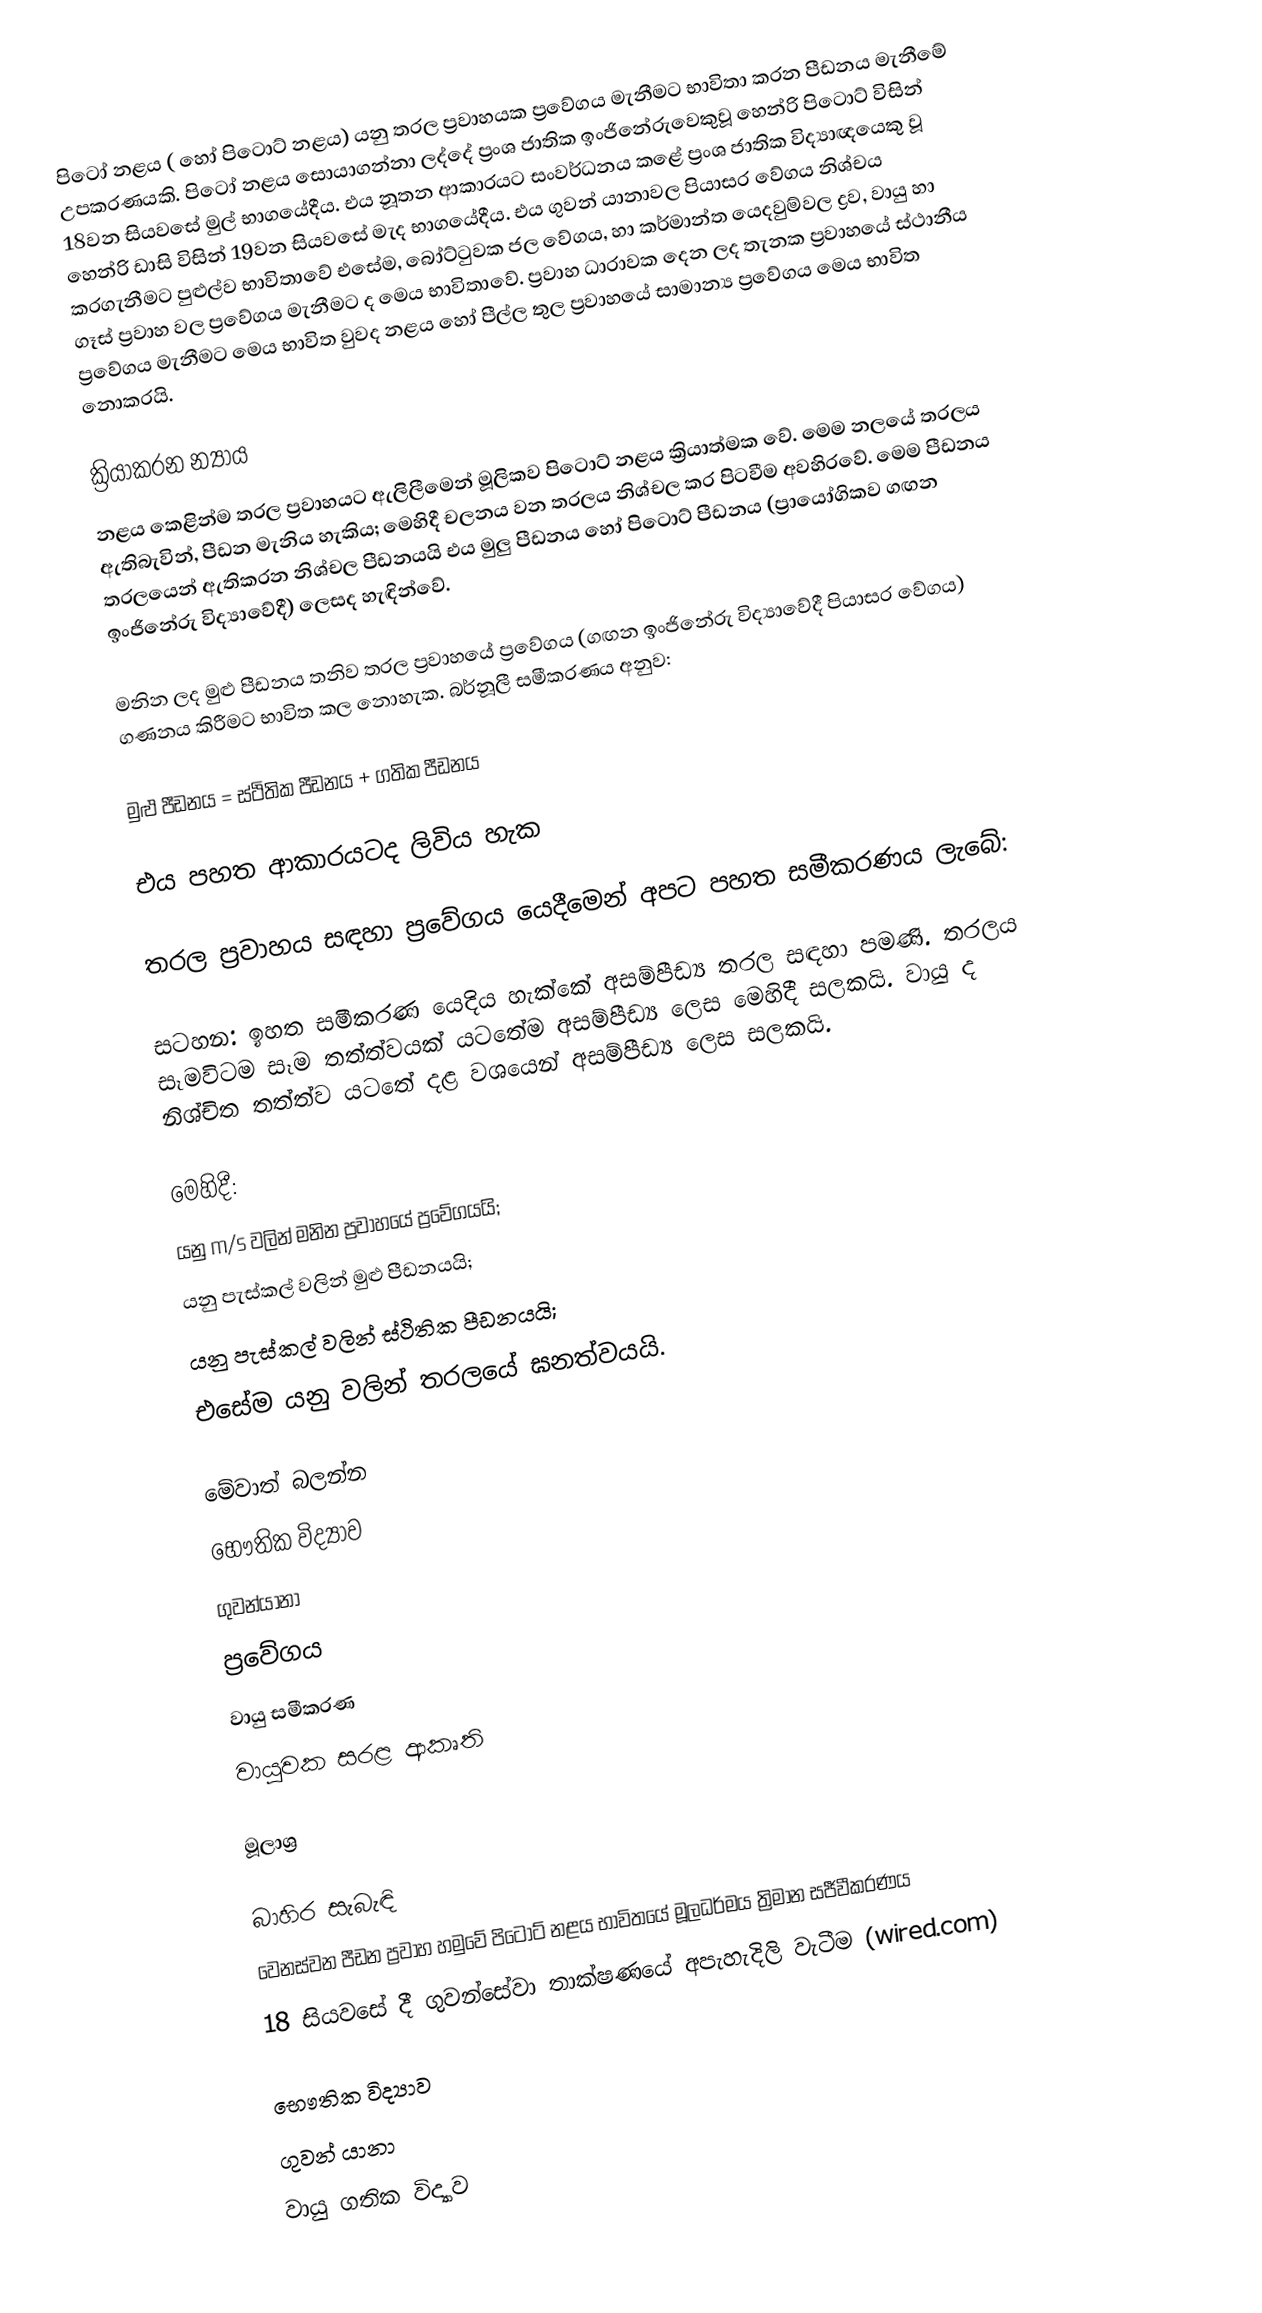
පිටෝ නළය (  හෝ පිටොට් නළය) යනු තරල ප්‍රවාහයක ප්‍රවේගය මැනීමට භාවිතා කරන පීඩනය මැනීමේ උපකරණයකි. පිටෝ නළය සොයාගන්නා ලද්දේ ප්‍රංශ ජාතික ඉංජිනේරුවෙකුවූ හෙන්‍රි පිටොට් විසින් 18වන සියවසේ මුල් භාගයේදීය. එය නූතන ආකාරයට සංවර්ධනය කළේ ප්‍රංශ ජාතික විද්‍යාඥයෙකු වූ හෙන්‍රි ඩාසි විසින් 19වන සියවසේ මැද භාගයේදීය. එය ගුවන් යානාවල පියාසර වේගය නිශ්චය කරගැනීමට පුළුල්ව භාවිතාවේ එසේම, බෝට්ටුවක ජල වේගය, හා කර්මාන්ත යෙදවුම්වල ද්‍රව, වායු හා ගෑස් ප්‍රවාහ වල ප්‍රවේගය මැනීමට ද මෙය භාවිතාවේ. ප්‍රවාහ ධාරාවක දෙන ලද තැනක ප්‍රවාහයේ ස්ථානීය ප්‍රවේගය මැනීමට මෙය භාවිත වුවද නළය හෝ පීල්ල තුල ප්‍රවාහයේ සාමාන්‍ය ප්‍රවේගය මෙය භාවිත නොකරයි.

ක්‍රියාකරන න්‍යාය
නළය කෙළින්ම තරල ප්‍රවාහයට ඇලිලීමෙන් මූලිකව පිටොට් නළය ක්‍රියාත්මක වේ. මෙම නලයේ තරලය ඇතිබැවින්, පීඩන මැනිය හැකිය; මෙහිදී චලනය වන තරලය නිශ්චල කර පිටවීම අවහිරවේ. මෙම පීඩනය තරලයෙන් ඇතිකරන නිශ්චල පීඩනයයි එය මුලු පීඩනය හෝ පිටොට් පීඩනය (ප්‍රායෝගිකව ගඟන ඉංජිනේරු විද්‍යාවේදී) ලෙසද හැඳින්වේ.

මනින ලද මුළු පීඩනය තනිව තරල ප්‍රවාහයේ ප්‍රවේගය (ගඟන ඉංජිනේරු විද්‍යාවේදී පියාසර වේගය) ගණනය කිරීමට භාවිත කල නොහැක. බර්නූලී සමීකරණය අනුව:

මුළු පීඩනය = ස්ථිතික පීඩනය + ගතික පීඩනය

එය පහත ආකාරයටද ලිවිය හැක

තරල ප්‍රවාහය සඳහා ප්‍රවේගය යෙදීමෙන් අපට පහත සමීකරණය ලැබේ:

සටහන: ඉහත සමීකරණ යෙදිය හැක්කේ අසම්පීඩ්‍ය තරල සඳහා පමණි. තරලය සෑමවිටම සෑම තත්ත්වයක් යටතේම අසම්පීඩ්‍ය ලෙස මෙහිදී සලකයි. වායු ද නිශ්චිත තත්ත්ව යටතේ දළ වශයෙන් අසම්පීඩ්‍ය ලෙස සලකයි.

මෙහිදී:
  යනු m/s වලින් මනින ප්‍රවාහයේ ප්‍රවේගයයි;
  යනු පැස්කල් වලින් මුළු පීඩනයයි;
  යනු පැස්කල් වලින් ස්ථිතික පීඩනයයි;
 එසේම  යනු  වලින් තරලයේ ඝනත්වයයි.

මේවාත් බලන්න
භෞතික විද්‍යාව
ගුවන්යානා
ප්‍රවේගය
වායු සමීකරණ
වායුවක සරළ ආකෘති

මූලාශ්‍ර

බාහිර සැබැඳි
වෙනස්වන පීඩන ප්‍රවාහ හමුවේ පිටොට් නළය භාවිතයේ මූලධර්මය ත්‍රිමාන සජීවීකරණය
18 සියවසේ දී ගුවන්සේවා තාක්ෂණයේ අපැහැදිලි වැටීම (wired.com)

භෞතික විද්‍යාව
ගුවන් යානා
වායු ගතික විද්‍යාව